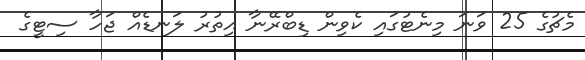
މެޗުގެ 25 ވަނަ މިނެޓުގައި ކެވިން ޑިބްރޭނާ އިތުރު ލަނޑެއް ޖަހާ ސިޓީގެ